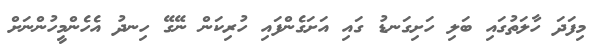
މިފަދަ ހާލަތުގައި ބަލި ހަށިގަނޑު ގައި އަށަގެންފައި ހުރިކަން ނޭގޭ ހިނދު އެހެންމީހުންނަށް